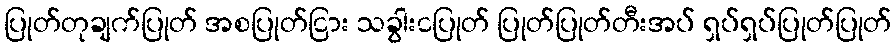
ပြုတ်တုချက်ပြုတ် အစပြုတ်ငြား သခွါးငပြုတ် ပြုတ်ပြုတ်တီးအပ် ရှပ်ရှပ်ပြုတ်ပြုတ်